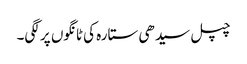
چپل سیدھی ستارہ کی ٹانگوں پر لگی۔